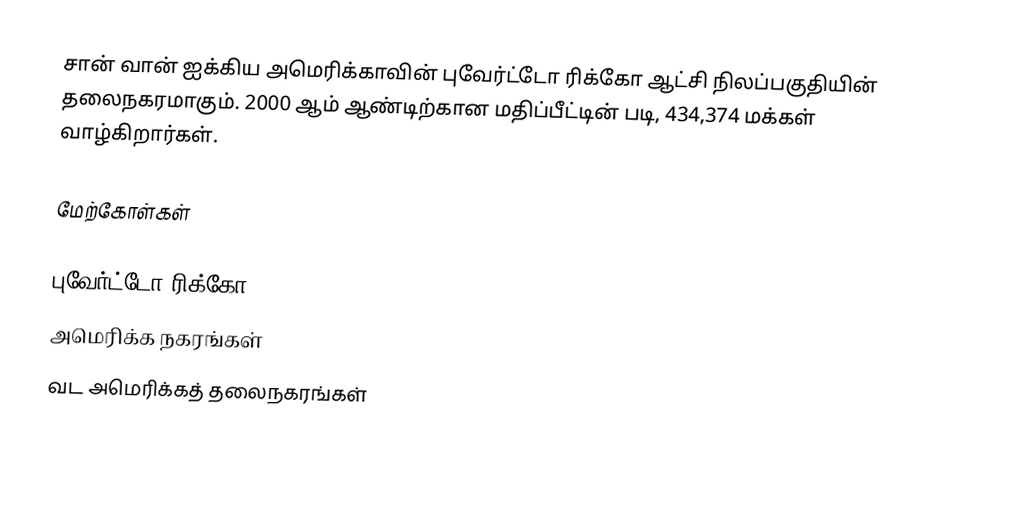
சான் வான் ஐக்கிய அமெரிக்காவின் புவேர்ட்டோ ரிக்கோ ஆட்சி நிலப்பகுதியின் தலைநகரமாகும். 2000 ஆம் ஆண்டிற்கான மதிப்பீட்டின் படி, 434,374 மக்கள் வாழ்கிறார்கள்.

மேற்கோள்கள்

புவேர்ட்டோ ரிக்கோ
அமெரிக்க நகரங்கள்
வட அமெரிக்கத் தலைநகரங்கள்